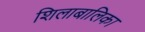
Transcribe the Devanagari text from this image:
शिलाबालिका